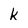
Character: k